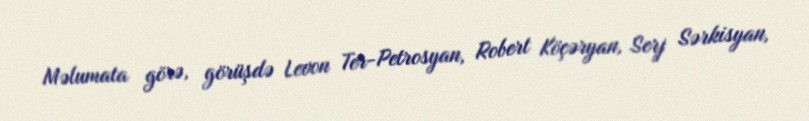
Məlumata görə, görüşdə Levon Ter-Petrosyan, Robert Köçəryan, Serj Sərkisyan,